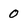
Character: 0